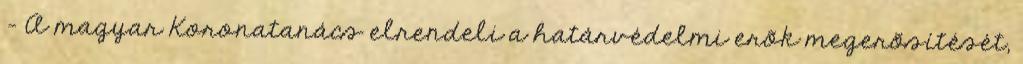
- A magyar Koronatanács elrendeli a határvédelmi erõk megerõsítését,